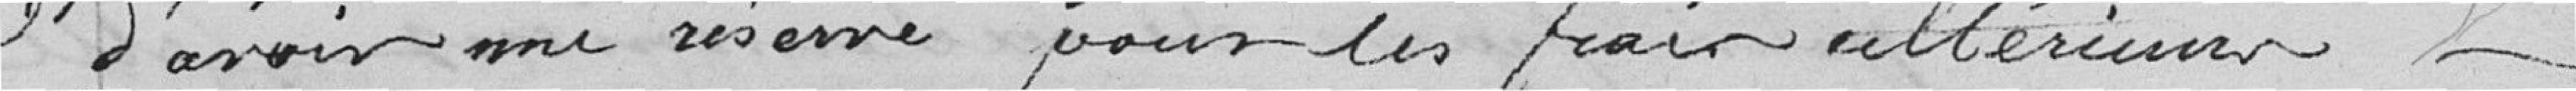
d'avoir une réserve pour les frais ultérieurs